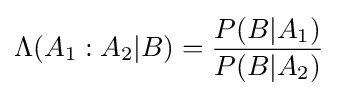
\Lambda (A_{1}:A_{2}\vert B)={\frac {P(B\vert A_{1})}{P(B\vert A_{2})}}